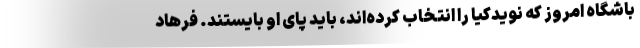
باشگاه امروز که نویدکیا را انتخاب کرده‌اند، باید پای او بایستند. فرهاد